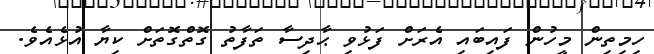
ހިމިތިން މީހުން ފައިބައި އެރަށް ފަޅުވި ޙާދިސާ ތަފާތު ގޮތްގޮތަށް ކިޔާ އުޅެއެވެ.